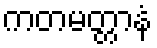
ကတမတ္တာနံ